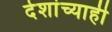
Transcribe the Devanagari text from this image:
देशांच्याही